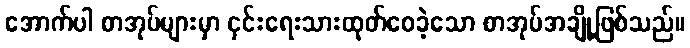
အောက်ပါ စာအုပ်များမှာ ငှင်းရေးသားထုတ်ဝေခဲ့သော စာအုပ်အချို့ဖြစ်သည်။